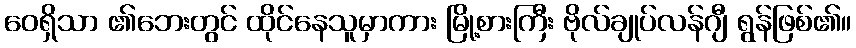
ဝေရှိသာ ၏ဘေးတွင် ထိုင်နေသူမှာကား မြို့စားကြီး ဗိုလ်ချုပ်လန်ဂျီ ရွန်ဖြစ်၏။